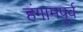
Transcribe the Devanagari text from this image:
हंगामपूर्व